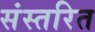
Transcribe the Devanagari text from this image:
संस्तरित